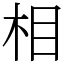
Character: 相